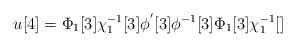
LaTeX: \begin{align*}u[4]=\Phi_{1} [3] \chi_{1}^{-1} [3]\phi^{'} [3] \phi^{-1} [3] \Phi_{1} [3] \chi^{-1}_{1} []\end{align*}